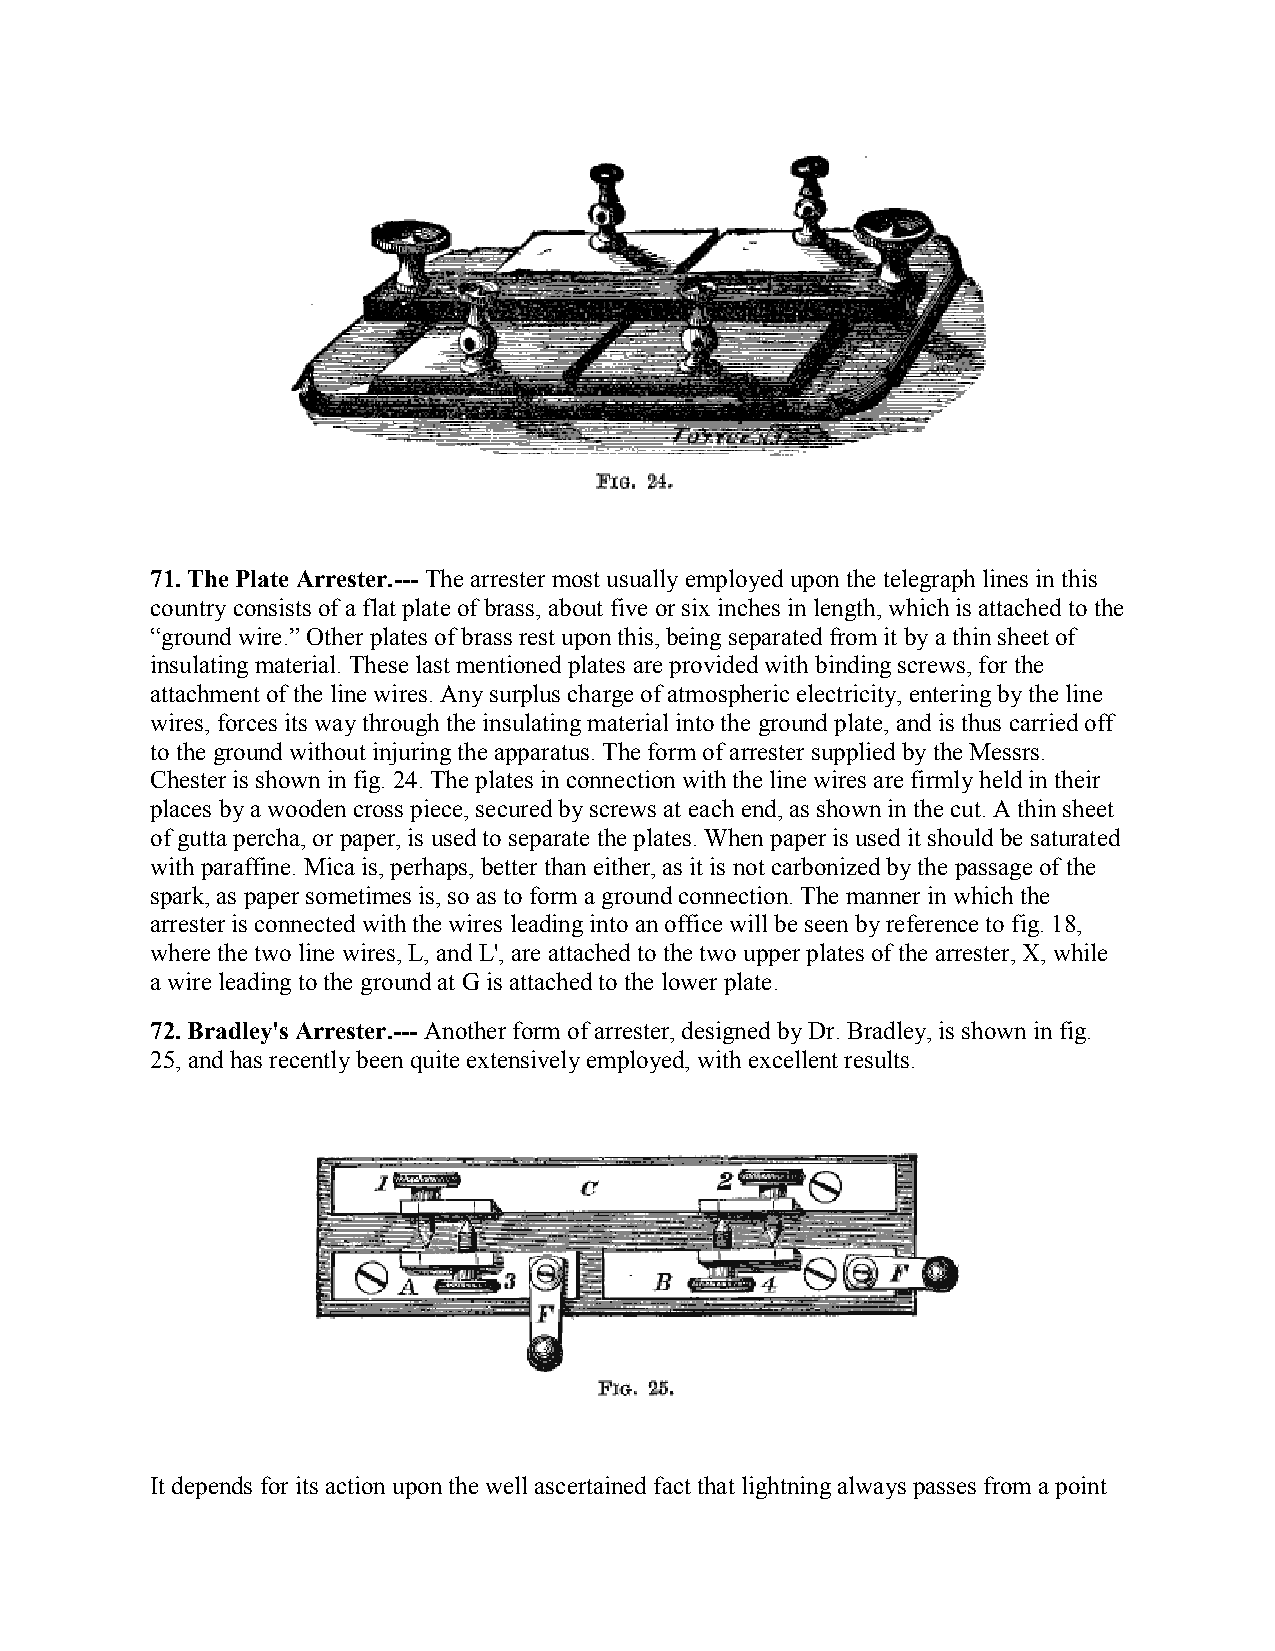
71. The Plate Arrester.--- The arrester most usually employed upon the telegraph lines in this
 country consists of a flat plate of brass, about five or six inches in length, which is attached to the
 “ground wire.” Other plates of brass rest upon this, being separated from it by a thin sheet of
 insulating material. These last mentioned plates are provided with binding screws, for the
 attachment of the line wires. Any surplus charge of atmospheric electricity, entering by the line
 wires, forces its way through the insulating material into the ground plate, and is thus carried off
 to the ground without injuring the apparatus. The form of arrester supplied by the Messrs.
 Chester is shown in fig. 24. The plates in connection with the line wires are firmly held in their
 places by a wooden cross piece, secured by screws at each end, as shown in the cut. A thin sheet
 of gutta percha, or paper, is used to separate the plates. When paper is used it should be saturated
 with paraffine. Mica is, perhaps, better than either, as it is not carbonized by the passage of the
 spark, as paper sometimes is, so as to form a ground connection. The manner in which the
 arrester is connected with the wires leading into an office will be seen by reference to fig. 18,
 where the two line wires, L, and L', are attached to the two upper plates of the arrester, X, while
 a wire leading to the ground at G is attached to the lower plate.
 72. Bradley's Arrester.--- Another form of arrester, designed by Dr. Bradley, is shown in fig.
 25, and has recently been quite extensively employed, with excellent results.
 It depends for its action upon the well ascertained fact that lightning always passes from a point